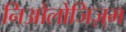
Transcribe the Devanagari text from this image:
निओलोजिज़्म